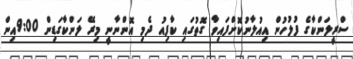
ސްރީލަންކާގެ ފުލުހުން އިއުލާނުކޮށްފައިވާ ގޮތުގައި ކާފިއު ދެމި އޮންނާނީ މިރޭ ލަންކާގަޑިން 9:00އިން